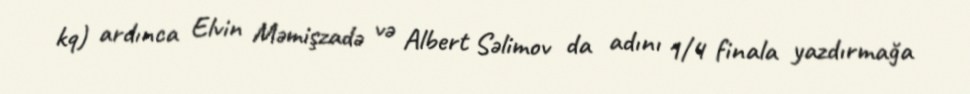
kq) ardınca Elvin Məmişzadə və Albert Səlimov da adını 1/4 finala yazdırmağa